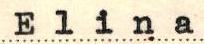
Elina